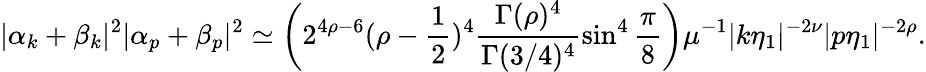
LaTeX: |\alpha_{k}+\beta_{k}|^{2}|\alpha_{p}+\beta_{p}|^{2}\simeq\biggl(2^{4\rho-6}(\rho-\frac{1}{2})^{4}\frac{\Gamma(\rho)^{4}}{\Gamma(3/4)^{4}}\sin^{4}{\frac{\pi}{8}}\biggr)\mu^{-1}|k\eta_{1}|^{-2\nu}|p\eta_{1}|^{-2\rho}.